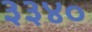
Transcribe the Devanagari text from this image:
३३४०